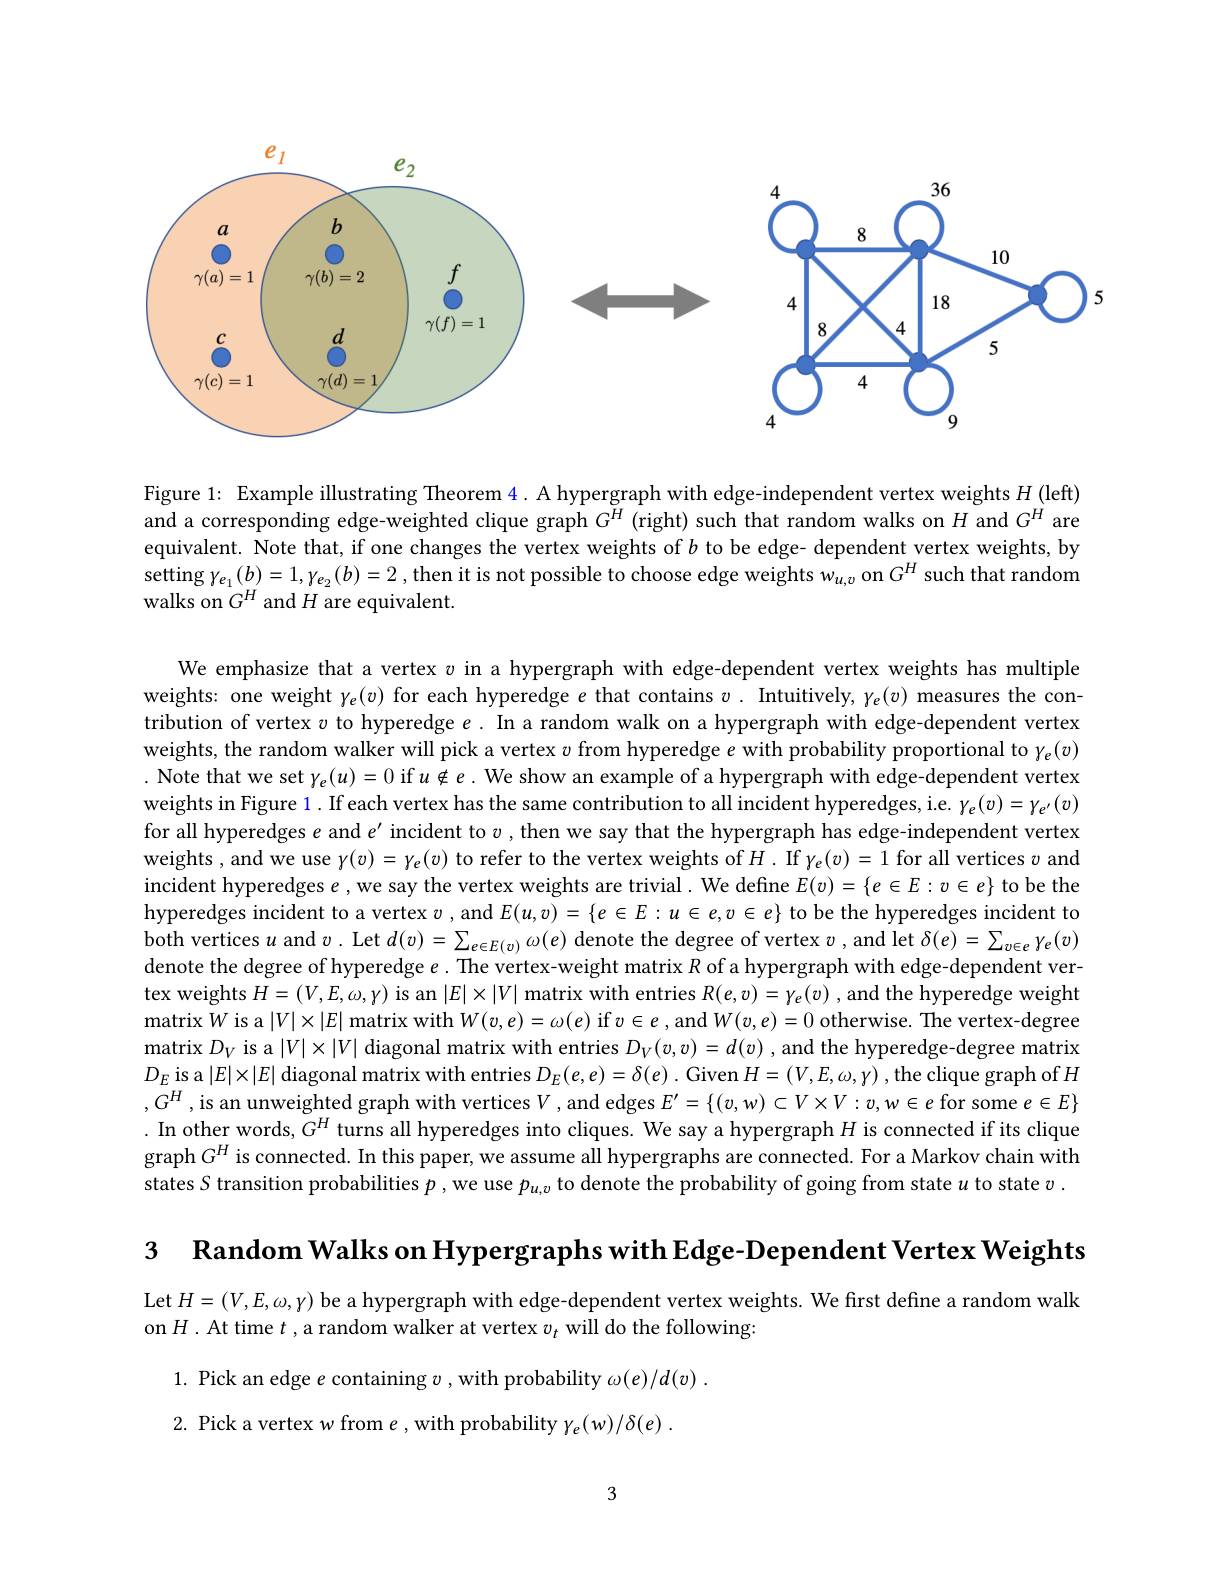
<FigureHere>

Figure 1: Example illustrating Theorem 4. A hypergraph with edge-independent vertex weights $H$ (left) and a corresponding edge-weighted clique graph $G^{\tilde{H}}$ (right) such that random walks on $H$ and $G^H$ are equivalent. Note that, if one changes the vertex weights of $b$ to be edge- dependent vertex weights, by $\operatorname{setting}\gamma_{e_1}(b)=1,\gamma_{e_2}(b)=2,\operatorname{then~it~is~not~possible~to~choose~edge~weights~}w_{u,v}$ on $G^H$ such that random walks on $G^{H}$ and $H$ are equivalent.

We emphasize that a vertex $v$ in a hypergraph with edge-dependent vertex weights has multiple weights: one weight $\chi_e(v)$ for each hyperedge $e$ that contains $v.$ Intuitively, $\gamma_e(v)$ measures the contribution of vertex $v$ to hyperedge $e.$ In a random walk on a hypergraph with edge-dependent vertex weights, the random walker will pick a vertex $v$ from hyperedge $e$ with probability proportional to $\gamma_e(v)$ . Note that we set $\gamma_e(u)=0$ if $u\notin e$ . We show an example of a hypergraph with edge-dependent vertex weights in Figure 1. If each vertex has the same contribution to all incident hyperedges, i.e. $\gamma_e(v)=\gamma_{e^{\prime}}(v)$ for all hyperedges $e$ and $e^\prime$ incident to $v$ , then we say that the hypergraph has edge-independent vertex weights, and we use $\gamma(v)=\gamma_e(v)$ to refer to the vertex weights of $H.$ If $\gamma_e(v)=1$ for all vertices $v$ and incident hyperedges $e$ , we say the vertex weights are trivial . We define $E(v)=\{e\in E:v\in e\}$ to be the hyperedges incident to a vertex $v$ ,and $E(u,v)=\{e\in E:u\in e,v\in e\}$ to be the hyperedges incident to both vertices $u$ and $v.$ Let $d(v)=\sum_{e\in E(v)}\omega(e)$ denote the degree of vertex $v$, and let $\delta(e)=\sum_{v\in e}\gamma_e(v)$ denote the degree of hyperedge $e.$ The vertex-weight matrix $R$ of a hypergraph with edge-dependent vertex weights $H=(V,E,\omega,\gamma)$ is an $|E|\times|V|$ matrix with entries $R(e,v)=\gamma_e(v)$ ,and the hyperedge weight matrix $W$ is a $|V|\times|E|$ matrix with $W(v,e)=\omega(e)$ if $v\in e$ , and $W(v,e)=0$ otherwise. The vertex-degree matrix $D_V$ is a $|V|\times|V|$ diagonal matrix with entries $D_V(v,v)=d(v)$ , and the hyperedge-degree matrix $D_E$ is a $|E|\times|E|$ diagonal matrix with entries $D_E(e,e)=\delta(e).$ Given $H=(V,E,\omega,\gamma)$ ,the clique graph of $H$ $,G^H$, is an unweighted graph with vertices $V$, and edges $E^\prime=\{(v,w)\subset V\times V:v,w\in e$ for some $e\in E\}$ . In other words, $G^H$ turns all hyperedges into cliques. We say a hypergraph $H$ is connected if its clique graph $G^H$ is connected. In this paper, we assume all hypergraphs are connected. For a Markov chain with states S transition probabilities $p$ ,we use $p_{u,v}$ to denote the probability of going from state $u$ to state $v.$

3 Random Walks on Hypergraphs with Edge-Dependent Vertex Weights

Let $H=(V,E,\omega,\gamma)$ be a hypergraph with edge-dependent vertex weights. We first define a random walk

on $H$ . At time $t$ , a random walker at vertex $v_t$ will do the following

1. Pick an edge $e$ containing $v$ ,with probability $\omega(e)/d(v)$ .
2. Pick a vertex $w$ from $e$,with probability $\gamma_e(w)/\delta(e).$

3